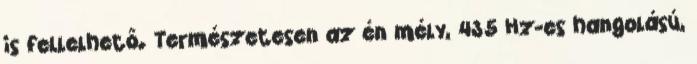
is fellelhető. Természetesen az én mély, 435 Hz-es hangolású,